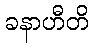
ခနာဟီတိ